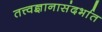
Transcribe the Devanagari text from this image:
तत्त्वज्ञानासंदर्भात